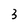
Character: 3